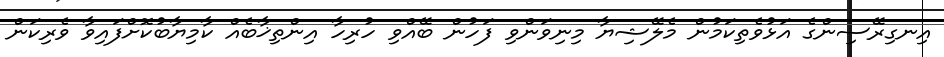
އިނގިރޭސިންގެ އަޅުވެތިކަމުން މެލޭޝިޔާ މިނިވަންވި ފަހުން ބޭއްވި ހުރިހާ އިންތިޚާބެއް ކާމިޔާބުކޮށްފައިވާ ވެރިކަން